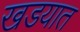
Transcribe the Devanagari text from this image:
खडयात